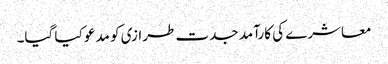
معاشرے کی کارآمد جدت طرازی کو مدعو کیا گیا۔